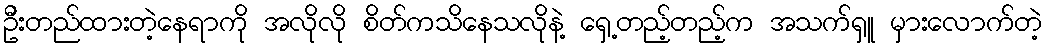
ဦးတည်ထားတဲ့နေရာကို အလိုလို စိတ်ကသိနေသလိုနဲ့ ရှေ့တည့်တည့်က အသက်ရှူ မှားလောက်တဲ့